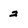
Character: 2